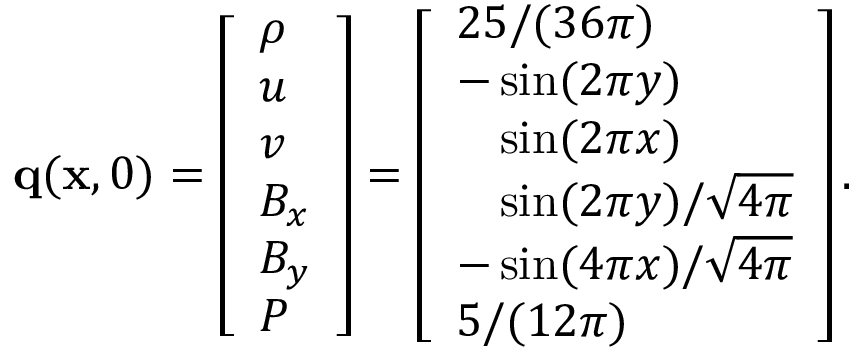
\mathbf { q } ( \mathbf { x } , 0 ) = \left[ \begin{array} { l } { \rho } \\ { u } \\ { v } \\ { B _ { x } } \\ { B _ { y } } \\ { P } \end{array} \right] = \left[ \begin{array} { l } { 2 5 / ( 3 6 \pi ) } \\ { - \sin ( 2 \pi y ) } \\ { \phantom { - } \sin ( 2 \pi x ) } \\ { \phantom { - } \sin ( 2 \pi y ) / \sqrt { 4 \pi } } \\ { - \sin ( 4 \pi x ) / \sqrt { 4 \pi } } \\ { 5 / ( 1 2 \pi ) } \end{array} \right] .